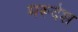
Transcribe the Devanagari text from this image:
मरूदेश